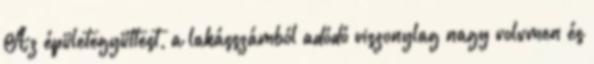
Az épületegyüttest, a lakásszámból adódó viszonylag nagy volumen és